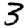
Digit: 3